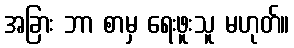
အခြား ဘာ စာမှ ရေးဖူးသူ မဟုတ်။